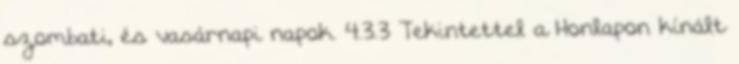
szombati, és vasárnapi napok. 4.3.3 Tekintettel a Honlapon kínált